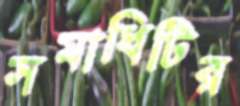
সমাধিটির